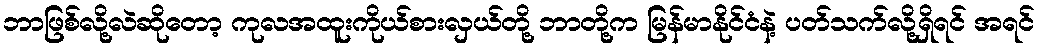
ဘာဖြစ်လို့လဲဆိုတော့ ကုလအထူးကိုယ်စားလှယ်တို့ ဘာတို့က မြန်မာနိုင်ငံနဲ့ ပတ်သက်လို့ရှိရင် အရင်